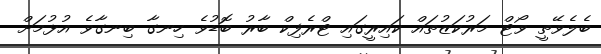
ބެލެވޭތީ ވޯޓް މަރުކަޒުތައް ކައިރީގައި ޓްރެފިކް ބާރު ބޮޑުވެ ހިނގާ ބިނގާވެ އުޅުމަށް